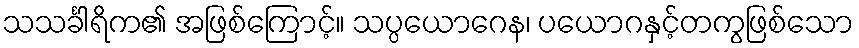
သသင်္ခါရိက၏ အဖြစ်ကြောင့်။ သပ္ပယောဂေန၊ ပယောဂနှင့်တကွဖြစ်သော